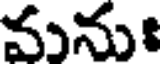
వునుః